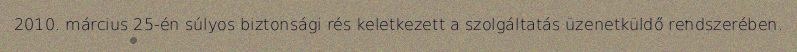
2010. március 25-én súlyos biztonsági rés keletkezett a szolgáltatás üzenetküldő rendszerében.